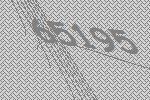
65195